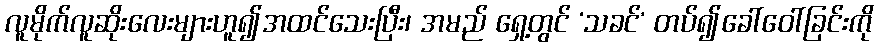
လူမိုက်လူဆိုးလေးများဟူ၍အထင်သေးပြီး၊ အမည် ရှေ့တွင် ‘သခင်’ တပ်၍ခေါ်ဝေါ်ခြင်းကို